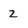
Character: 2